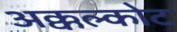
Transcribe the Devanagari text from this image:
अक्कल्कोट